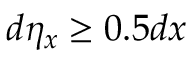
d \eta _ { x } \ge 0 . 5 { d x }